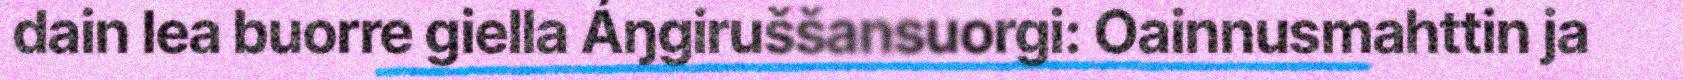
dain lea buorre giella Áŋgiruššansuorgi: Oainnusmahttin ja